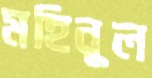
মহিনুল